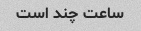
ساعت چند است